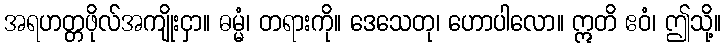
အရဟတ္တဖိုလ်အကျိုးငှာ။ ဓမ္မံ၊ တရားကို။ ဒေသေတု၊ ဟောပါလော။ ဣတိ ဧဝံ၊ ဤသို့။